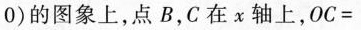
0 )$$的图象上，点B，C在x轴上，$$O C =